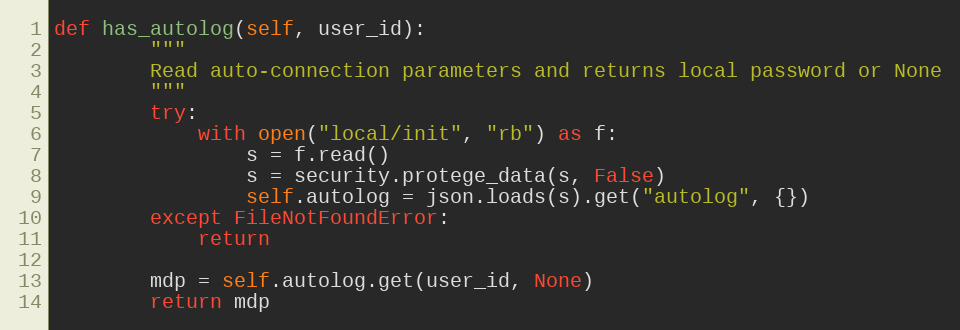
Language: Python
def has_autolog(self, user_id):
        """
        Read auto-connection parameters and returns local password or None
        """
        try:
            with open("local/init", "rb") as f:
                s = f.read()
                s = security.protege_data(s, False)
                self.autolog = json.loads(s).get("autolog", {})
        except FileNotFoundError:
            return

        mdp = self.autolog.get(user_id, None)
        return mdp